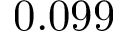
0 . 0 9 9